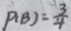
P ( B ) = \frac { 3 } { 4 }